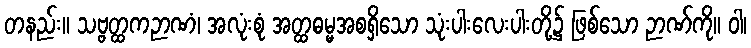
တနည်း။ သဗ္ဗတ္ထကဉာဏံ၊ အလုံးစုံ အတ္ထဓမ္မအစရှိသော သုံးပါးလေးပါးတို့၌ ဖြစ်သော ဉာဏ်ကို။ ဝါ၊